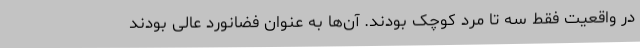
در واقعیت فقط سه تا مرد کوچک بودند. آن‌ها به عنوان فضانورد عالی بودند